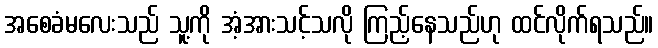
အစေခံမလေးသည် သူ့ကို အံ့အားသင့်သလို ကြည့်နေသည်ဟု ထင်လိုက်ရသည်။